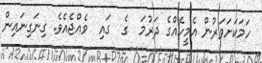
ހަމަކަށަވަރުން އެމީހެއްގެ ދަރުމަ  ގެ  ގައި  ވެއްޖެއެވެ. ގިނަގިނައިން